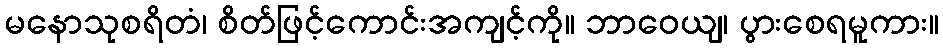
မနောသုစရိတံ၊ စိတ်ဖြင့်ကောင်းအကျင့်ကို။ ဘာဝေယျ၊ ပွားစေရမူကား။